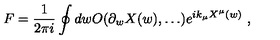
F = \frac { 1 } { 2 \pi i } \oint d w O ( \partial _ { w } X ( w ) , \dots ) e ^ { i k _ { \mu } X ^ { \mu } ( w ) } \ ,